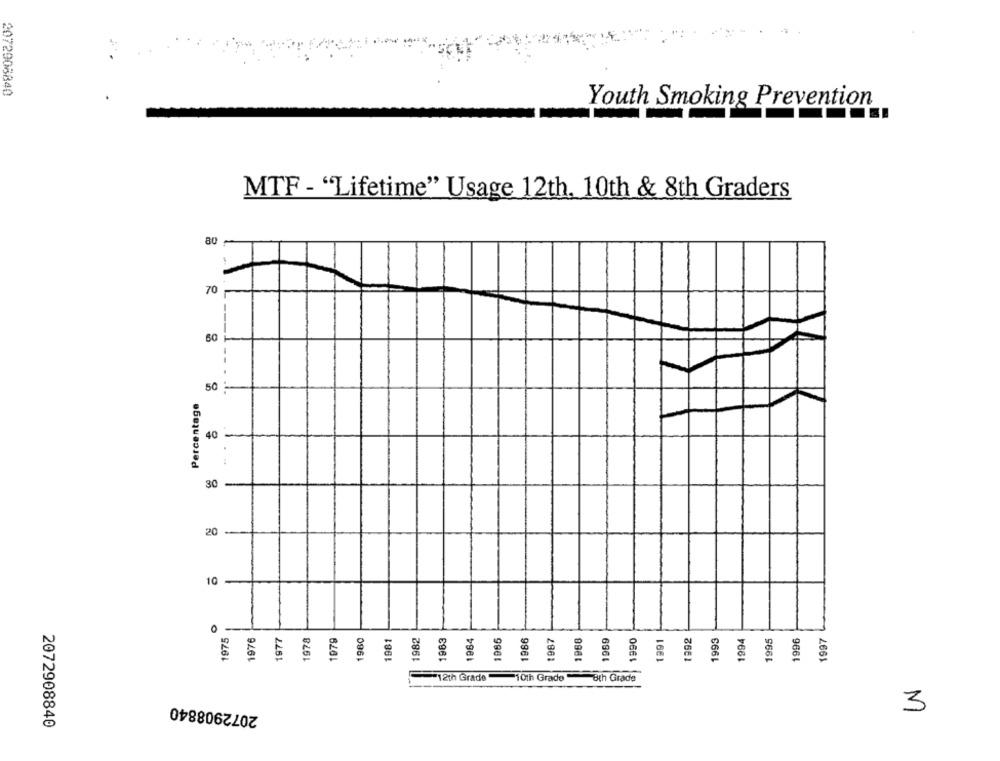
2072908840
Youth Smoking Prevention
MTF - "Lifetime" Usage 12th. 10th & 8th Graders
80
70
60
1
50
Percentage
40
-
30
-
20-
10 -
1975
1976
1977
1978
1979
1960
1981
1982
1965
1986
1987
1969
1993
1994
1996
1997
1968
1991
1992
1995
0664
12th Grade"
"10th Grade"
8th Grade
2072908840
3
2072908840